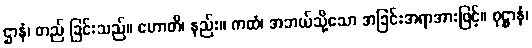
ဌာနံ၊ တည် ခြင်းသည်။ ဟောတိ၊ နည်း။ ကထံ၊ အဘယ်သို့သော အခြင်းအရာအားဖြင့်။ ဝုဋ္ဌာနံ၊